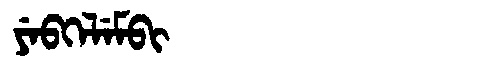
Manchu: ᠶᡝᠪᡴᡝᠯᡝᠮᠪᡳ
Romanization: YEBKELEMBI